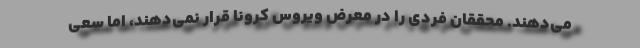
می‌دهند. محققان فردی را در معرض ویروس کرونا قرار نمی‌دهند، اما سعی